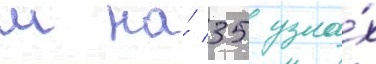
м на́ 35 узла́х